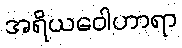
အရိယဝေါဟာရာ